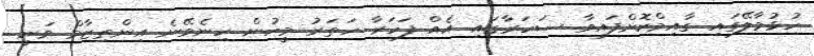
ހުޅުމާލޭގައި ގާއިމްކޮށްފައިވާ ސަހަރާގައި އެއް ފަހަރާ ހަތަރު މީހުން ހިނެވޭނެ އިންތިޒާމް ވަނީ